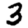
Digit: 3